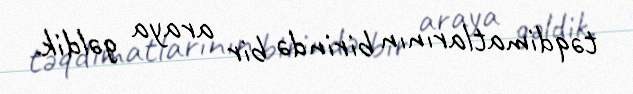
təqdimatlarının birində bir araya gəldik.